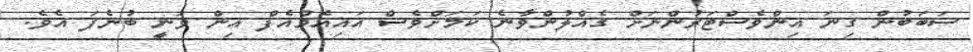
ސަބަބުން ގިނަ އިންވެސްޓަރުންނަށް ގެއްލުންވާނެ ކަމަށްވެސް އައިއެމްއެފް އިން ވަނީ ބުނެފަ އެވެ.